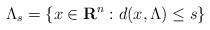
LaTeX: \begin{align*}\Lambda_{s} = \left\{x \in \mathbf{R}^n : d(x,\Lambda) \leq s \right\}\end{align*}